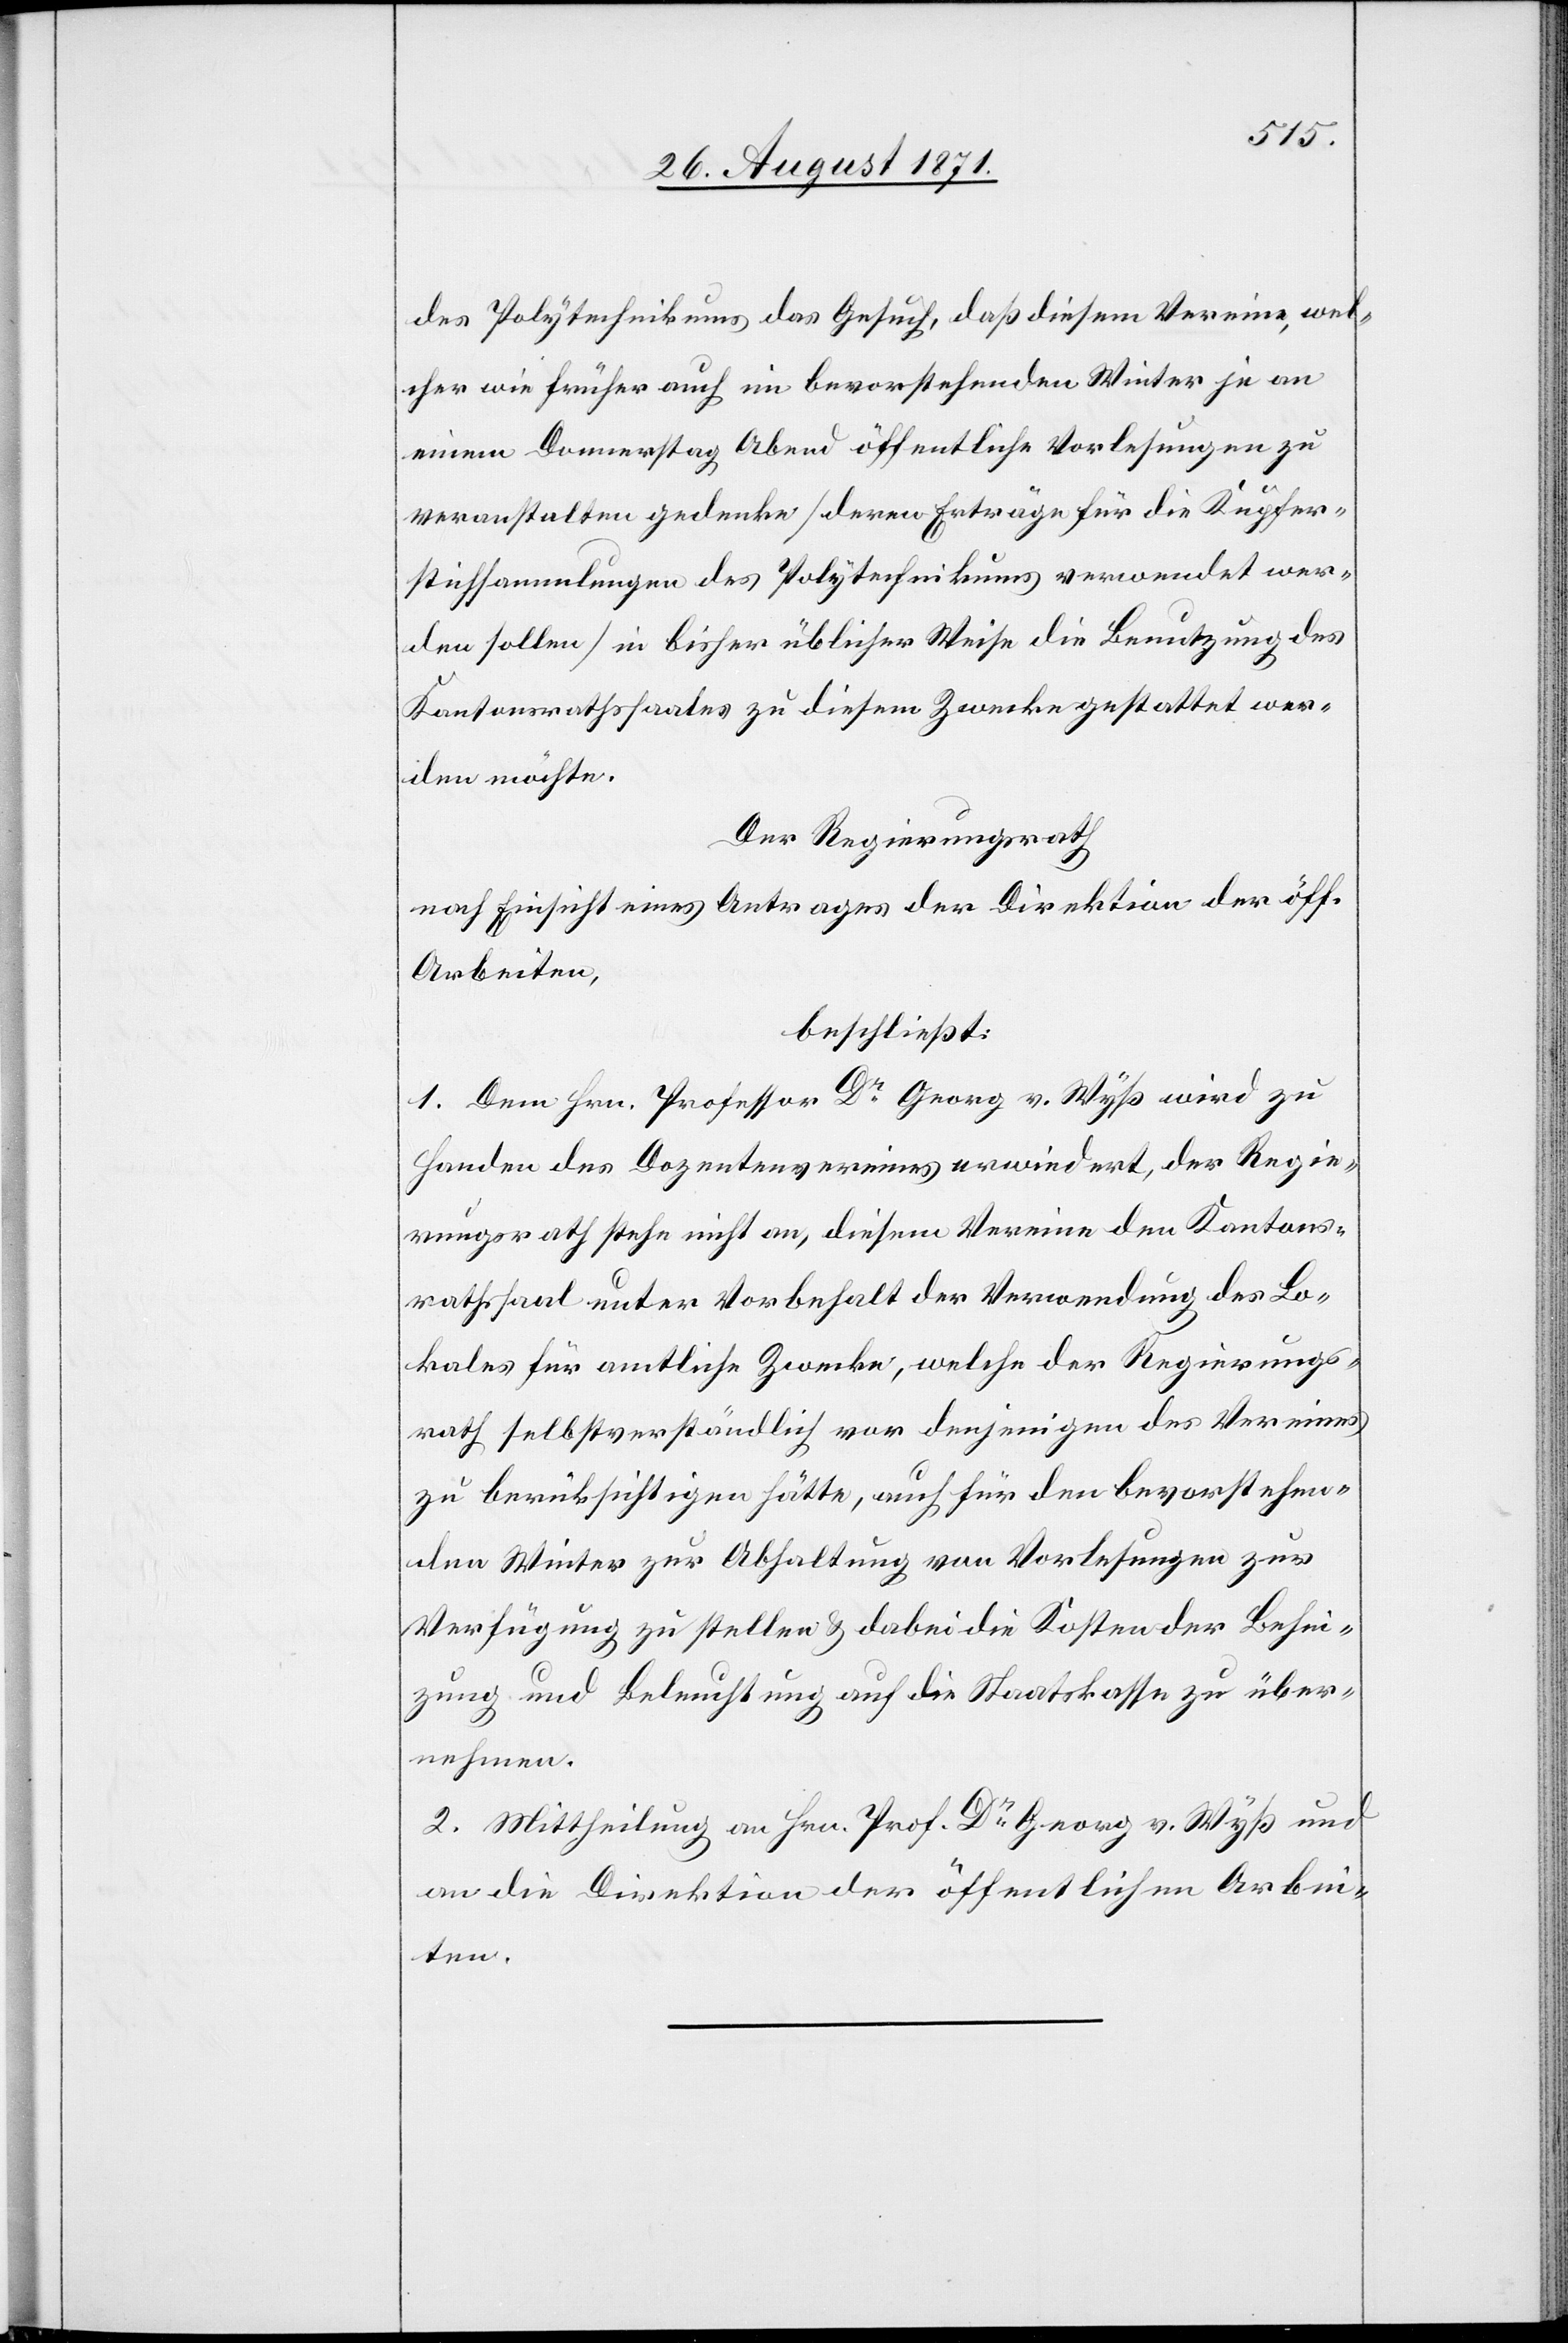
des Polytechnikums das Gesuch, daß diesem Vereine, wel¬
cher wie früher auf im bevorstehenden Winter je an
einem Donnerstag Abend öffentliche Vorlesungen zu
veranstalten gedenke [deren Erträge für die Kupfer¬
stichsammlungen des Polytechnikums verwendet wer¬
den sollen] in bisher üblicher Weise die Benutzung des
Kantonsrathssaales zu diesem Zwecke gestattet wer¬
den möchte.
Der Regierungsrath
nach Einsicht eines Antrages der Direktion der öff.
Arbeiten,
beschließt:
1. Dem Hrn. Professor Dr Georg v. Wyss wird zu
Handen des Dozentenvereines erwiedert, der Regie¬
rungsrath stehe nicht an, diesem Verein den Kantons¬
rathssaal unter Vorbehalt der Verwendung des Lo¬
kales für amtliche Zwecke; welche der Regierungs¬
rath selbstverständlich von denjenigen des Vereines
zu berücksichtigen hätte, auch für den bevorstehen¬
den Winter zur Abhaltung von Vorlesungen zur
Verfügung zu stellen & dabei die Kosten der Behei¬
zung und Beleuchtung auf die Staatskassen zu über¬
nehmen.
2. Mittheilung an Hrn. Prof. Dr Georg v. Wyß und
an die Direktion der öffentlichen Arbei¬
ten.